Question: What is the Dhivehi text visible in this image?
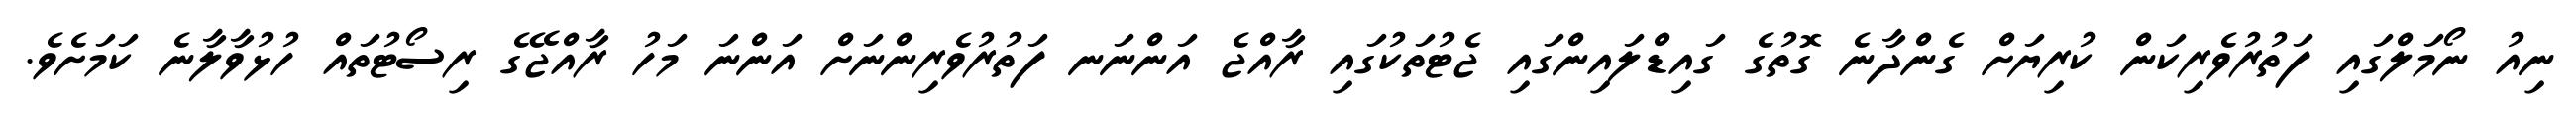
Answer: ނިއު ނޯމަލްގައި ފަތުރުވެރިކަން ކުރިޔަށް ގެންދާނެ ގޮތުގެ ގައިޑްލައިންގައި ޖެޓުތަކުގައި ރާއްޖެ އަންނަނ ފަތުރުވެރިންނަށް އަންނަ މަހު ރާއްޖޭގެ ރިސޯޓުތައް ހުޅުވާލާނެ ކަމަށެވެ.